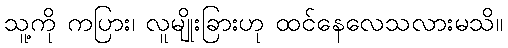
သူ့ကို ကပြား၊ လူမျိုးခြားဟု ထင်နေလေသလားမသိ။